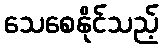
သေစေနိုင်သည့်